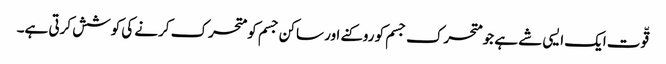
قّوت ایک ایسی شے ہے جو متحرک جسم کو روکنے اور ساکن جسم کو متحرک کرنے کی کوشش کرتی ہے۔